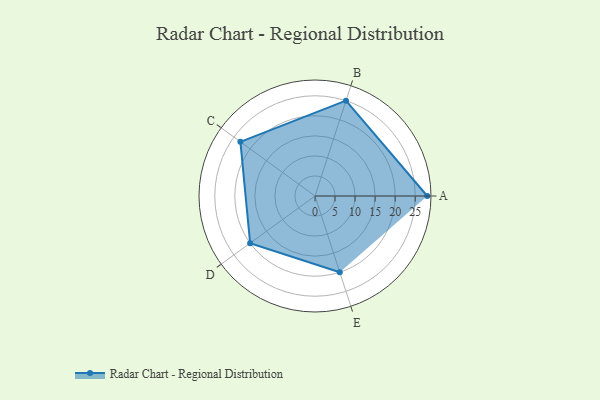
{"axis": {"x": "Skill", "y": "Score"}, "legend": ["Profile"], "data": [{"x": "A", "y": 28.0, "type": "Profile"}, {"x": "B", "y": 25.0, "type": "Profile"}, {"x": "C", "y": 23.0, "type": "Profile"}, {"x": "D", "y": 20.0, "type": "Profile"}, {"x": "E", "y": 20, "type": "Profile"}]}